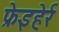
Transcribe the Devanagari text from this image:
फ्रेइहेर्र